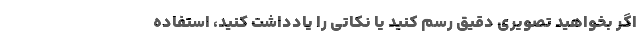
اگر بخواهید تصویری دقیق رسم کنید یا نکاتی را یادداشت کنید، استفاده